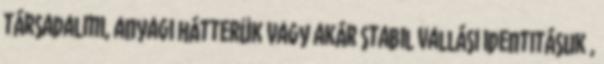
társadalmi, anyagi hátterük vagy akár stabil vallási identitásuk ,